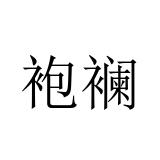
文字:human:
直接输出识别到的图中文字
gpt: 袍襕